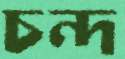
চন্দ